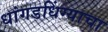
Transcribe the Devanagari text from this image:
धांगडधिंग्याचा